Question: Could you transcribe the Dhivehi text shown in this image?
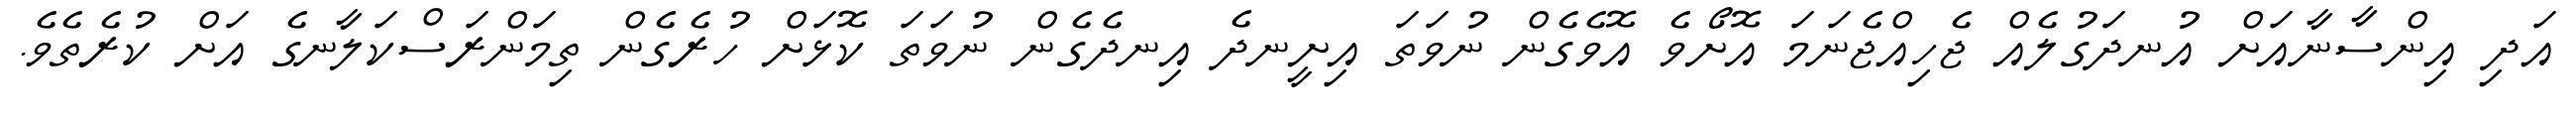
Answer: އަދި އިންސާނާއަށް އުނދަގުލެއް ޖެހިއްޖެނަމަ އޮށޯވެ އޮވެގެން ނުވަތަ އިށީނދެ އިނދެގެން ނުވަތަ ކޮޅަށް ހުރެގެން ތިމަންރަސްކަލާނގެ އަށް ކުރެތެވެ.